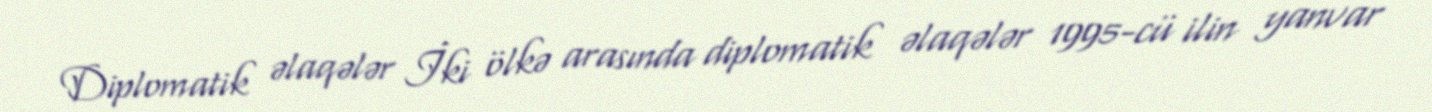
Diplomatik əlaqələr İki ölkə arasında diplomatik əlaqələr 1995-cü ilin yanvar